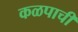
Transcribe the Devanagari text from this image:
कळपाची